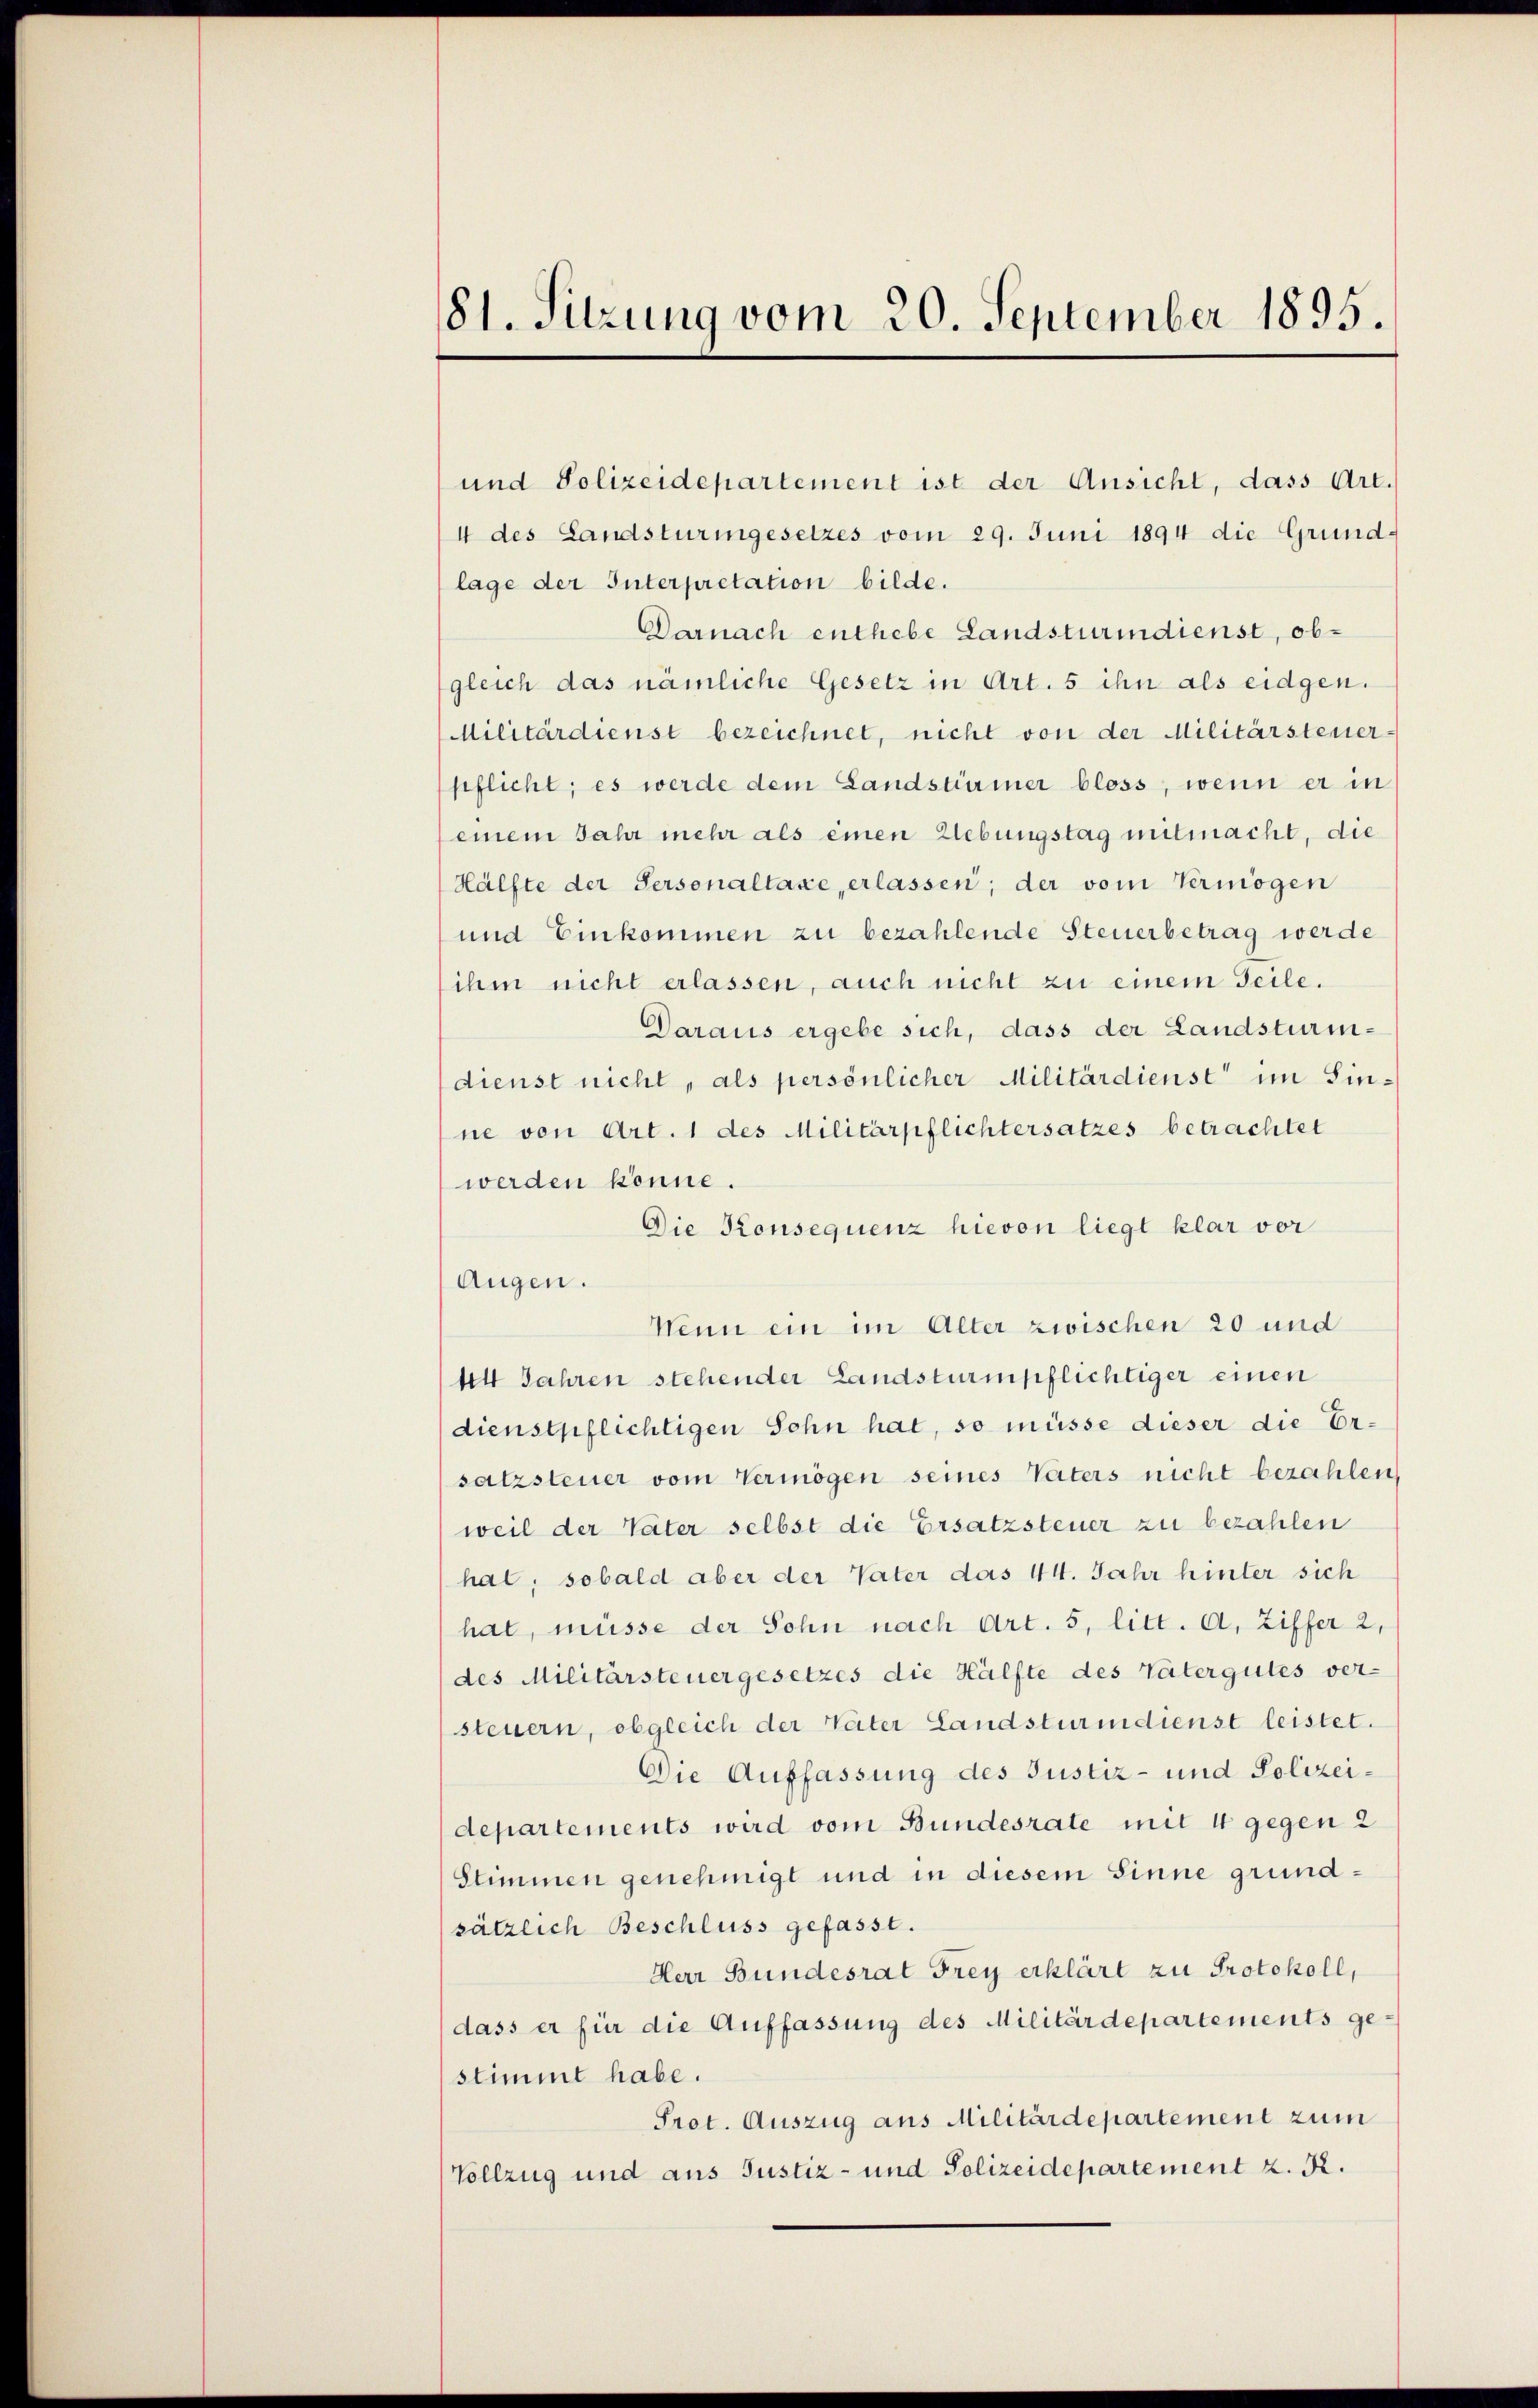
81. Sitzung vom 20. September 1895.

und Polizeidepartement ist der Ansicht, dass Art.
4 des Landsturingesetzes vom 29. Juni 1894 die Grund-
lage der Interpretation bilde.
Darnach enthebe Landsturindienst, ob-
gleich das nämliche Gesetz in Art. 5 ihn als eidgen.
Militärdienst bezeichnet, nicht von der Militärsteuer
pflicht; es werde dem Landstürmer bloss, wenn er in
einem Jahr mehr als einen Lebungstag mitmacht, die
Hälfte der Personaltaxe, erlassen; der vom Vermögen
und Einkommen zu bezahlende Steuerbetrag werde
ihm nicht erlassen, auch nicht zu einem Teile.
Daraus ergebe sich, dass der Landsturm-
dienst nicht, als persönlicher Militärdienst im Sinne von Art. 1 des Militärpflichtersatzes betrachtet
werden könne.
Die Konsequenz hievon liegt klar vor
Augen.
Wenn ein im Alter zwischen 20 und
44 Jahren stehender Landsturmpflichtiger einen
dienstpflichtigen Sohn hat, so müsse dieser die Ersatzsteuer vom Vermögen seines Vaters nicht bezahlen,
weil der Vater selbst die Ersatzsteuer zu bezahlen
hal, sobald aber der Vater das 44. Jahr hinter sich
hat, müsse der Sohn nach Art. 5, litt. A. Ziffer 2,
des Militärsteuergesetzes die Hälfte des Vatergutes ver-
steuern, obgleich der Vater Landsturmdienst leistet.
Die Auffassung des Justiz- und Polizeidepartements wird vom Bundesrate mit 4 gegen 2
Stimmen genehmigt und in diesem Sinne grundsätzlich Beschluss gefasst.
Herr Bundesrat Frey erklärt zu Protokoll,
dass er für die Auffassung des Militärdepartements ge-
stimmt habe.
Prot. Auszug aus Militärdepartement zum
Vollzug und aus Justiz- und Polizeidepartement z. B.